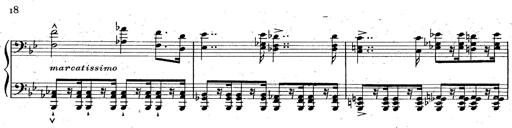
Title: La Marseillaise
Composer: Franz Liszt
Key: B-flat major